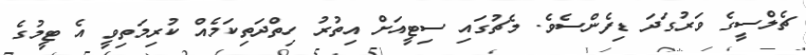
ޗެލްސީގެ ވަރުގަދަ ޑިފެންސެވެ. މެޗުގައި ސިޓީއަށް އިތުރު ހިތްދަތިކަމެއް ކުރިމަތިވީ އެ ޓީމުގެ